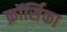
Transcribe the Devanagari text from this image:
क्रॉर्सिका